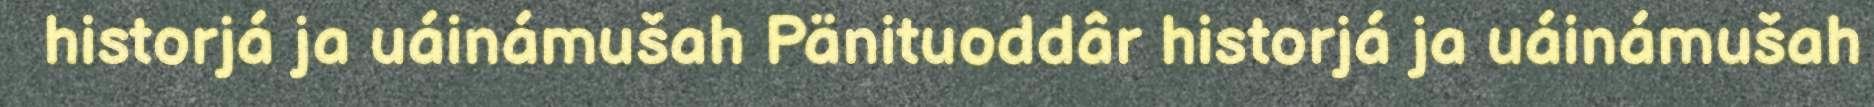
historjá ja uáinámušah Pänituoddâr historjá ja uáinámušah